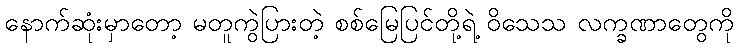
နောက်ဆုံးမှာတော့ မတူကွဲပြားတဲ့ စစ်မြေပြင်တို့ရဲ့ ဝိသေသ လက္ခဏာတွေကို